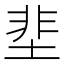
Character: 𡌦